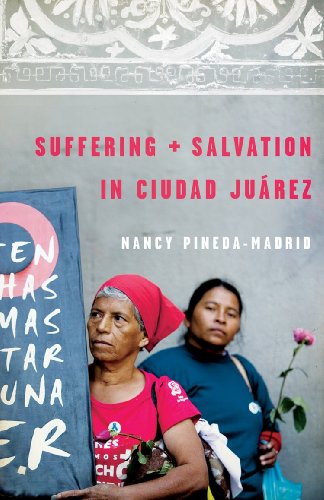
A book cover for Suffering and Salvation in Ciudad Juarez; Nancy Pineda-madrid; Christian Books & Bibles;